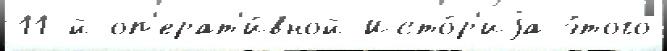
11-й оп'ерат'и́вной Исто́р'иjа э́того